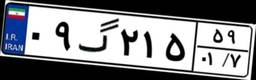
۰۹گ۲۱۵۵۹